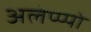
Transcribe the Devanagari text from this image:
अलेप्प्पो